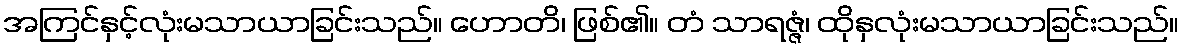
အကြင်နှင့်လုံးမသာယာခြင်းသည်။ ဟောတိ၊ ဖြစ်၏။ တံ သာရဇ္ဇံ၊ ထိုနှလုံးမသာယာခြင်းသည်။